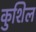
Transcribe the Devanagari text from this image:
कुशिल